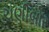
ચણીબોર